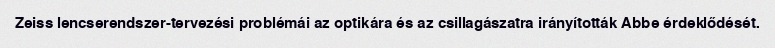
Zeiss lencserendszer-tervezési problémái az optikára és az csillagászatra irányították Abbe érdeklődését.